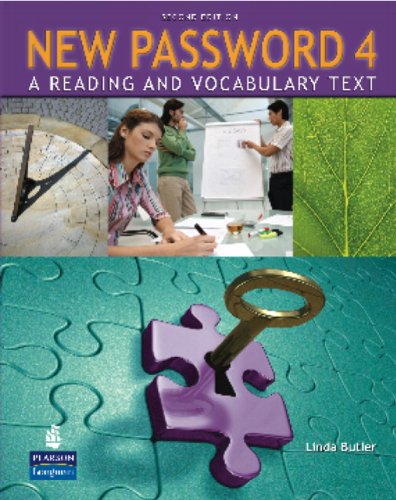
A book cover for New Password 4: A Reading and Vocabulary Text (without MP3 Audio CD-ROM) (2nd Edition); Linda Butler; Reference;